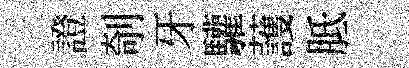
證剞牙驩䕶胝